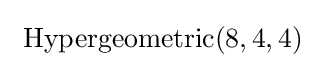
\ {\mbox{Hypergeometric}}(8,4,4)~